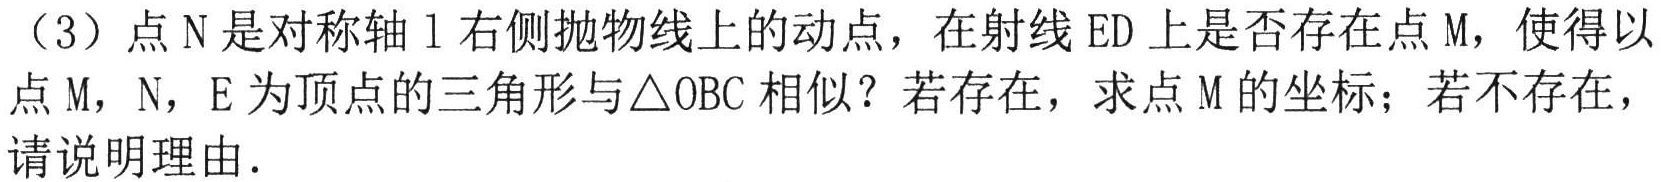
（3）点$\mathrm{N}$是对称轴$\mathrm{l}$右侧抛物线上的动点，在射线$\mathrm{ED}$上是否存在点$\mathrm{M}$，使得以点$\mathrm{M}$，$\mathrm{N}$，$\mathrm{E}$为顶点的三角形与$\triangle \mathrm{OBC}$相似？若存在，求点$\mathrm{M}$的坐标；若不存在，请说明理由．